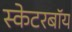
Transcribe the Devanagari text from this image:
स्केटरबॉय